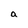
Character: a